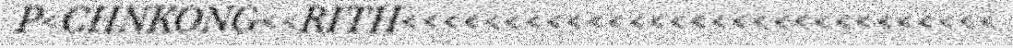
P<CHNKONG<<RITH<<<<<<<<<<<<<<<<<<<<<<<<<<<<<